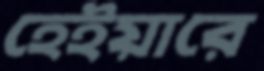
হেইয়ারে